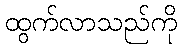
ထွက်လာသည်ကို